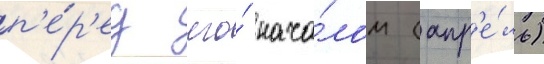
п'е́р'ед его́ нача́лом (апр'е́ль)